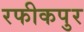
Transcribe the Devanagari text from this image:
रफीकपुर